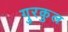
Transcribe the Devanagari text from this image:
गुरकुल